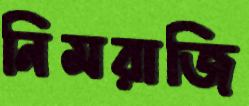
নিমরাজি